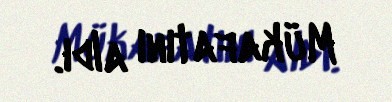
Mükafatını aldı.